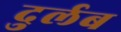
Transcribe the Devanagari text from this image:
दुर्लब